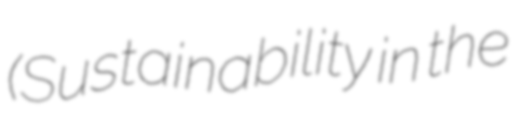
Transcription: (Sustainability in the